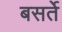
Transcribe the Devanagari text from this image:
बसर्ते